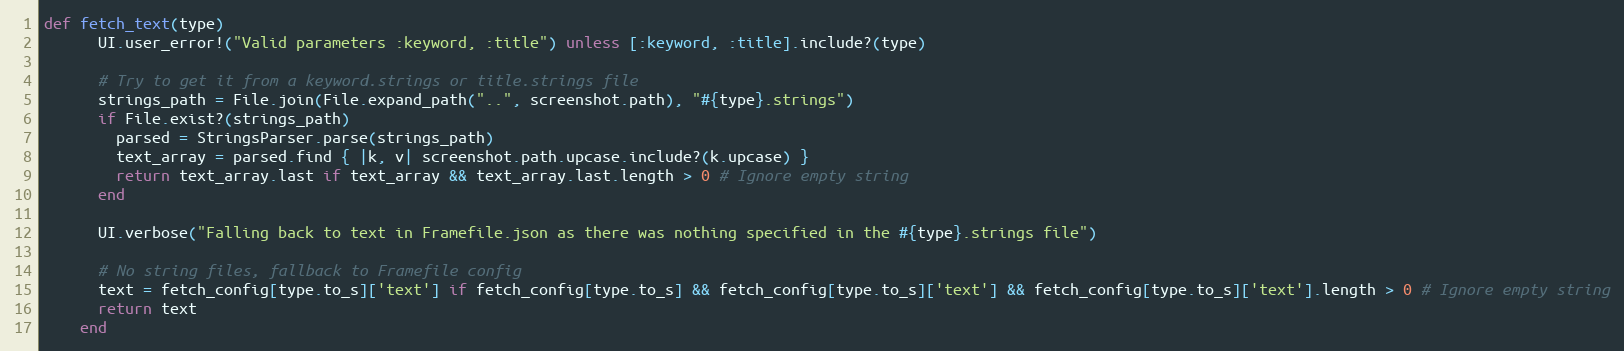
Language: Ruby
def fetch_text(type)
      UI.user_error!("Valid parameters :keyword, :title") unless [:keyword, :title].include?(type)

      # Try to get it from a keyword.strings or title.strings file
      strings_path = File.join(File.expand_path("..", screenshot.path), "#{type}.strings")
      if File.exist?(strings_path)
        parsed = StringsParser.parse(strings_path)
        text_array = parsed.find { |k, v| screenshot.path.upcase.include?(k.upcase) }
        return text_array.last if text_array && text_array.last.length > 0 # Ignore empty string
      end

      UI.verbose("Falling back to text in Framefile.json as there was nothing specified in the #{type}.strings file")

      # No string files, fallback to Framefile config
      text = fetch_config[type.to_s]['text'] if fetch_config[type.to_s] && fetch_config[type.to_s]['text'] && fetch_config[type.to_s]['text'].length > 0 # Ignore empty string
      return text
    end